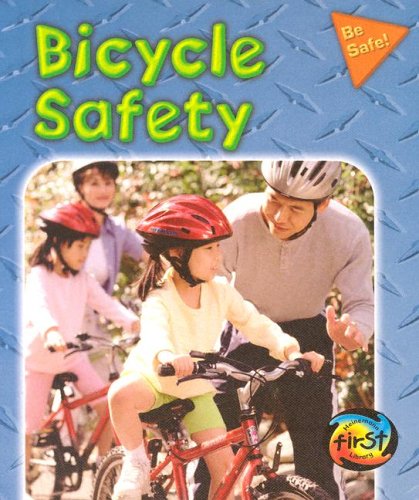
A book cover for Bicycle Safety (Be Safe!); Peggy Pancella; Children's Books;